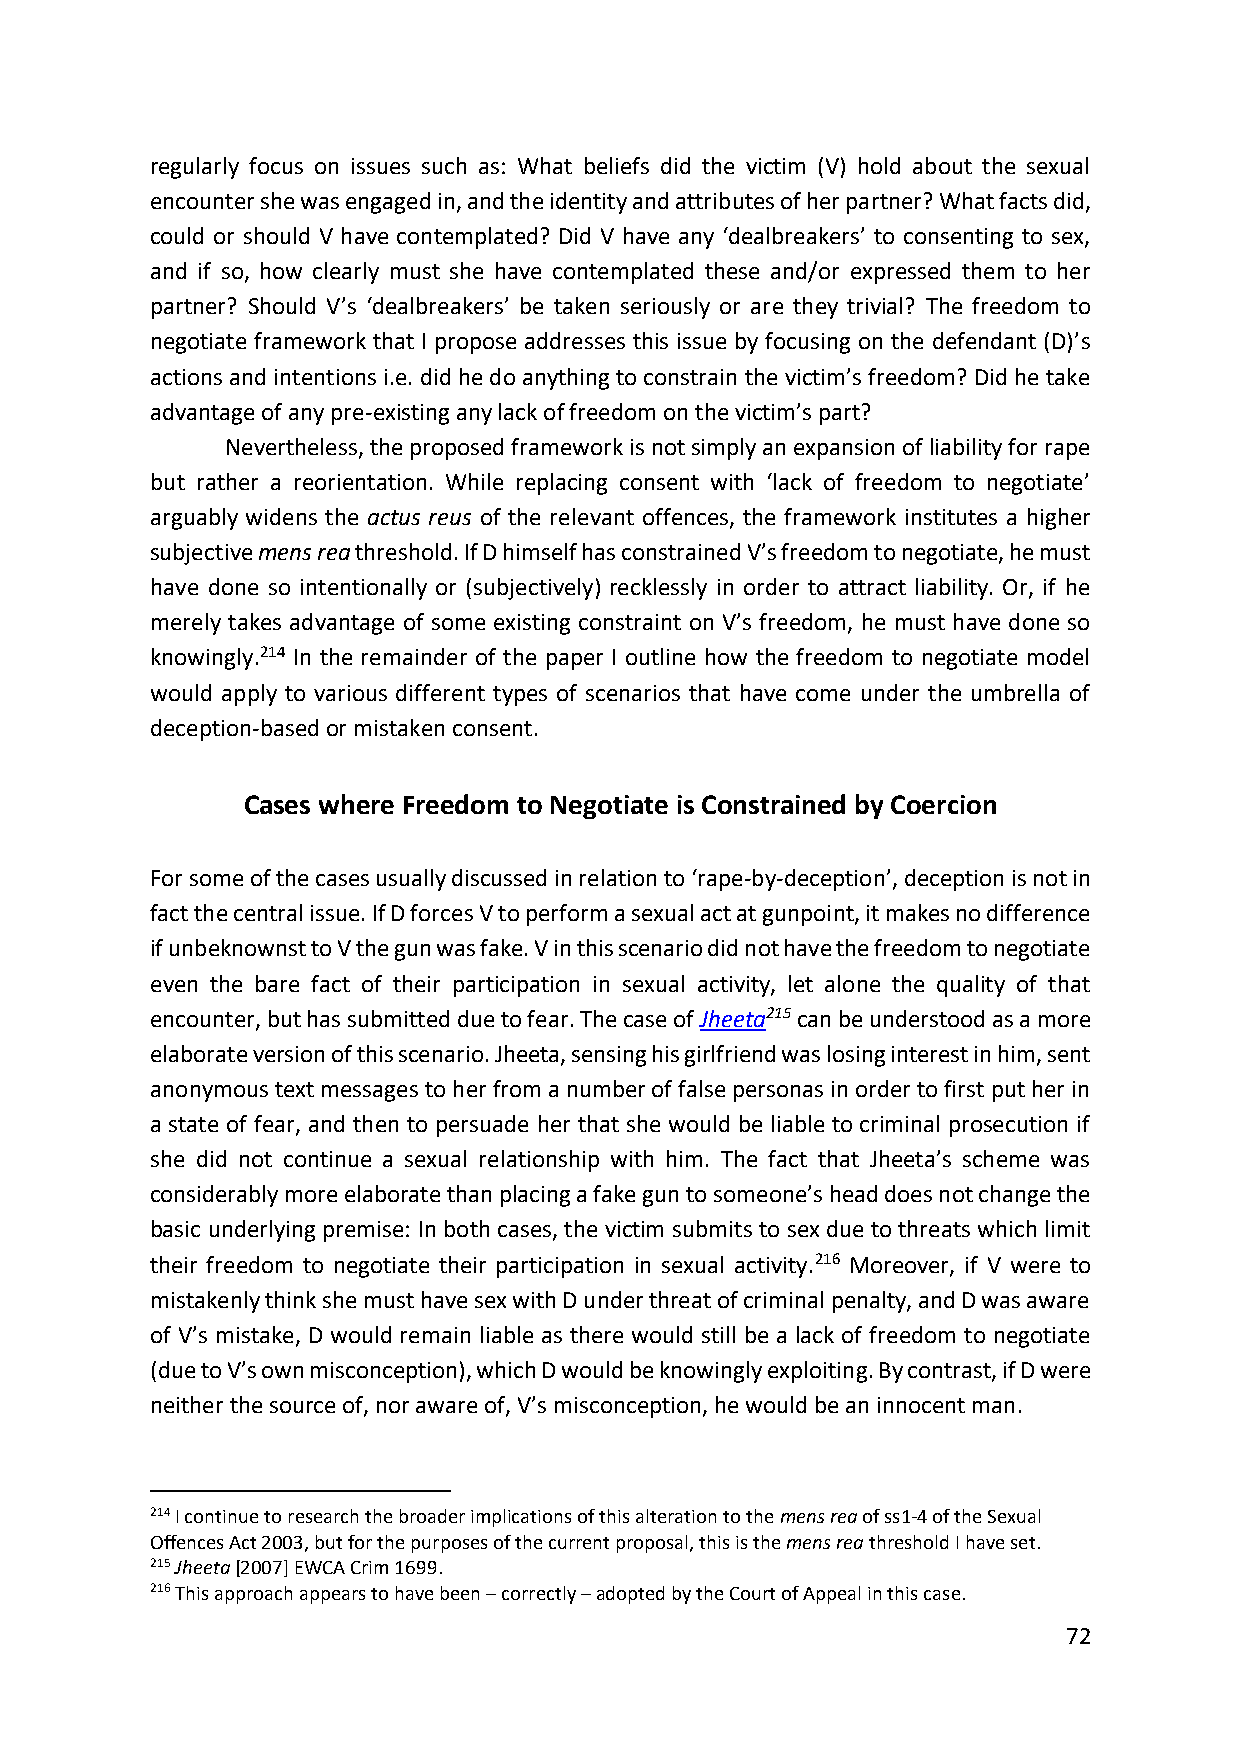
regularly focus on issues such as: What beliefs did the victim (V) hold about the sexual
 encounter she was engaged in, and the identity and attributes of her partner? What facts did,
 could or should V have contemplated? Did V have any ‘dealbreakers’ to consenting to sex,
 and if so, how clearly must she have contemplated these and/or expressed them to her
 partner? Should V’s ‘dealbreakers’ be taken seriously or are they trivial? The freedom to
 negotiate framework that I propose addresses this issue by focusing on the defendant (D)’s
 actions and intentions i.e. did he do anything to constrain the victim’s freedom? Did he take
 advantage of any pre-existing any lack of freedom on the victim’s part?
 Nevertheless, the proposed framework is not simply an expansion of liability for rape
 but rather a reorientation. While replacing consent with ‘lack of freedom to negotiate’
 arguably widens the actus reus of the relevant offences, the framework institutes a higher
 subjective mens rea threshold. If D himself has constrained V’s freedom to negotiate, he must
 have done so intentionally or (subjectively) recklessly in order to attract liability. Or, if he
 merely takes advantage of some existing constraint on V’s freedom, he must have done so
 knowingly.214 In the remainder of the paper I outline how the freedom to negotiate model
 would apply to various different types of scenarios that have come under the umbrella of
 deception-based or mistaken consent.
 Cases where Freedom to Negotiate is Constrained by Coercion
 For some of the cases usually discussed in relation to ‘rape-by-deception’, deception is not in
 fact the central issue. If D forces V to perform a sexual act at gunpoint, it makes no difference
 if unbeknownst to V the gun was fake. V in this scenario did not have the freedom to negotiate
 even the bare fact of their participation in sexual activity, let alone the quality of that
 encounter, but has submitted due to fear. The case of Jheeta215 can be understood as a more
 elaborate version of this scenario. Jheeta, sensing his girlfriend was losing interest in him, sent
 anonymous text messages to her from a number of false personas in order to first put her in
 a state of fear, and then to persuade her that she would be liable to criminal prosecution if
 she did not continue a sexual relationship with him. The fact that Jheeta’s scheme was
 considerably more elaborate than placing a fake gun to someone’s head does not change the
 basic underlying premise: In both cases, the victim submits to sex due to threats which limit
 their freedom to negotiate their participation in sexual activity.216 Moreover, if V were to
 mistakenly think she must have sex with D under threat of criminal penalty, and D was aware
 of V’s mistake, D would remain liable as there would still be a lack of freedom to negotiate
 (due to V’s own misconception), which D would be knowingly exploiting. By contrast, if D were
 neither the source of, nor aware of, V’s misconception, he would be an innocent man.
 214 I continue to research the broader implications of this alteration to the mens rea of ss1-4 of the Sexual
 Offences Act 2003, but for the purposes of the current proposal, this is the mens rea threshold I have set.
 215 Jheeta [2007] EWCA Crim 1699.
 216 This approach appears to have been – correctly – adopted by the Court of Appeal in this case.
 72